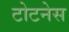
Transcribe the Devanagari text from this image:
टोटनेस